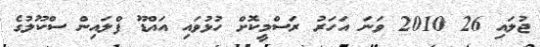
ޖުލައި 26 2010 ވަނަ އަހަރު ރަސްމީކޮށް ހުޅުވައި އައްޑޫ ފްލައިން ސްކޫލުގެ